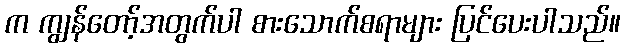
က ကျွန်တော့်အတွက်ပါ စားသောက်စရာများ ပြင်ပေးပါသည်။